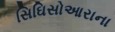
સિઘિસોઆરાના